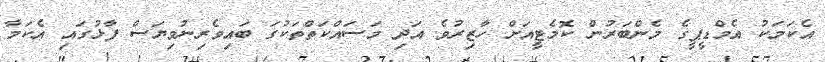
އެކަމަކު އެމްޑީޕީގެ މެންބަރުން ކޮމެޓީއަށް ހާޒިރުވެ އަދި މަސައްކަތްތަކުގަ ބައިވެރިނުވިޔަސް ފާޅުގައި އެކަމާ